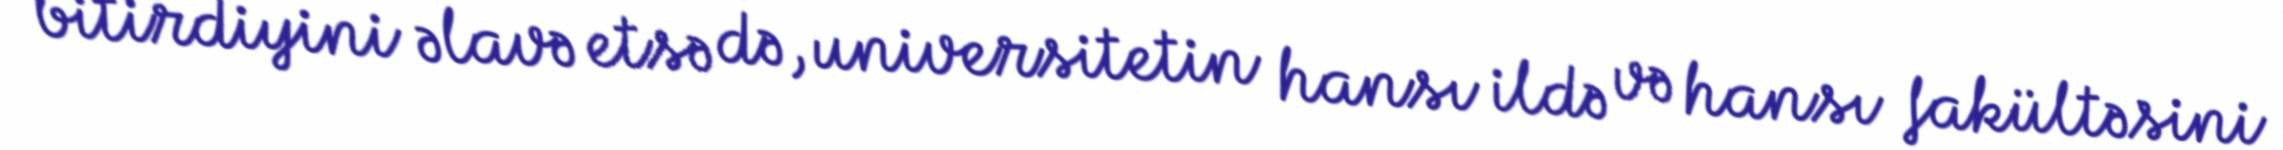
bitirdiyini əlavə etsə də, universitetin hansı ildə və hansı fakültəsini